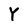
Character: Y